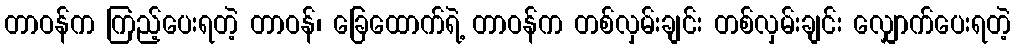
တာဝန်က ကြည့်ပေးရတဲ့ တာဝန်၊ ခြေထောက်ရဲ့ တာဝန်က တစ်လှမ်းချင်း တစ်လှမ်းချင်း လျှောက်ပေးရတဲ့